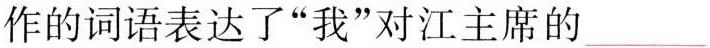
作的词语表达了”我”对江主席的___